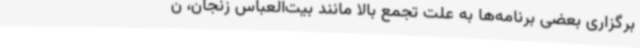
برگزاری بعضی برنامه‌ها به علت تجمع بالا مانند بیت‌العباس زنجان، ن